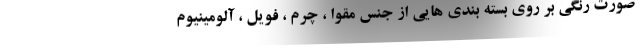
صورت رنگی بر روی بسته بندی هایی از جنس مقوا ، چرم ، فویل ، آلومینیوم